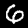
Digit: 6